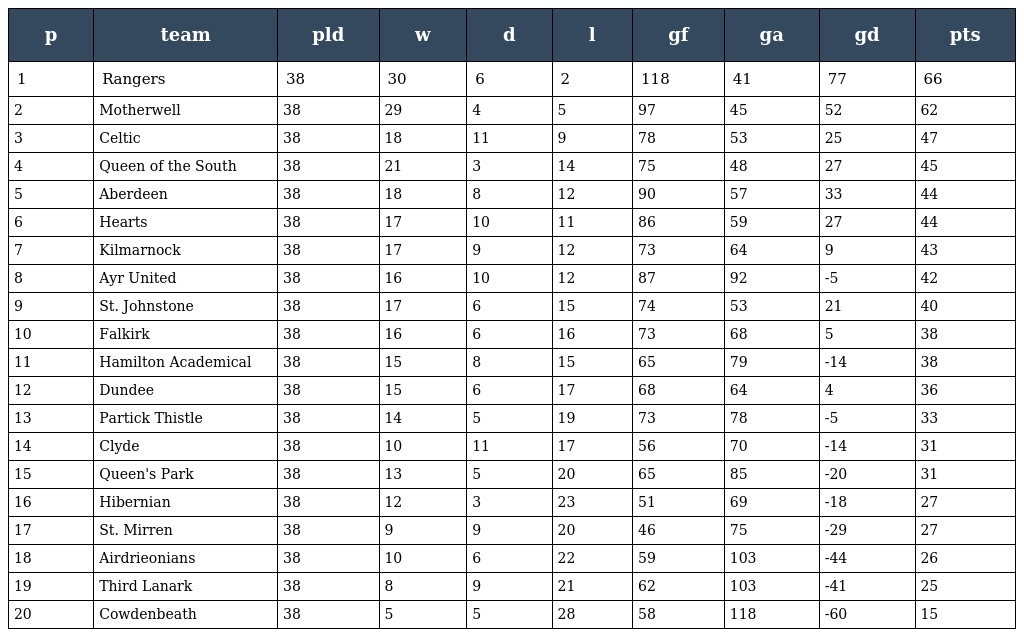
| p | team | pld | w | d | l | gf | ga | gd | pts |
 | --- | --- | --- | --- | --- | --- | --- | --- | --- | --- |
 | 1 | Rangers | 38 | 30 | 6 | 2 | 118 | 41 | 77 | 66 |
 | 2 | Motherwell | 38 | 29 | 4 | 5 | 97 | 45 | 52 | 62 |
 | 3 | Celtic | 38 | 18 | 11 | 9 | 78 | 53 | 25 | 47 |
 | 4 | Queen of the South | 38 | 21 | 3 | 14 | 75 | 48 | 27 | 45 |
 | 5 | Aberdeen | 38 | 18 | 8 | 12 | 90 | 57 | 33 | 44 |
 | 6 | Hearts | 38 | 17 | 10 | 11 | 86 | 59 | 27 | 44 |
 | 7 | Kilmarnock | 38 | 17 | 9 | 12 | 73 | 64 | 9 | 43 |
 | 8 | Ayr United | 38 | 16 | 10 | 12 | 87 | 92 | -5 | 42 |
 | 9 | St. Johnstone | 38 | 17 | 6 | 15 | 74 | 53 | 21 | 40 |
 | 10 | Falkirk | 38 | 16 | 6 | 16 | 73 | 68 | 5 | 38 |
 | 11 | Hamilton Academical | 38 | 15 | 8 | 15 | 65 | 79 | -14 | 38 |
 | 12 | Dundee | 38 | 15 | 6 | 17 | 68 | 64 | 4 | 36 |
 | 13 | Partick Thistle | 38 | 14 | 5 | 19 | 73 | 78 | -5 | 33 |
 | 14 | Clyde | 38 | 10 | 11 | 17 | 56 | 70 | -14 | 31 |
 | 15 | Queen's Park | 38 | 13 | 5 | 20 | 65 | 85 | -20 | 31 |
 | 16 | Hibernian | 38 | 12 | 3 | 23 | 51 | 69 | -18 | 27 |
 | 17 | St. Mirren | 38 | 9 | 9 | 20 | 46 | 75 | -29 | 27 |
 | 18 | Airdrieonians | 38 | 10 | 6 | 22 | 59 | 103 | -44 | 26 |
 | 19 | Third Lanark | 38 | 8 | 9 | 21 | 62 | 103 | -41 | 25 |
 | 20 | Cowdenbeath | 38 | 5 | 5 | 28 | 58 | 118 | -60 | 15 |